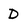
Character: D